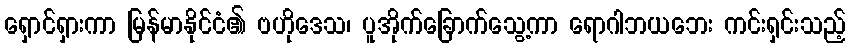
ရှောင်ရှားကာ မြန်မာနိုင်ငံ၏ ဗဟိုဒေသ၊ ပူအိုက်ခြောက်သွေ့ကာ ရောဂါဘယဘေး ကင်းရှင်းသည့်